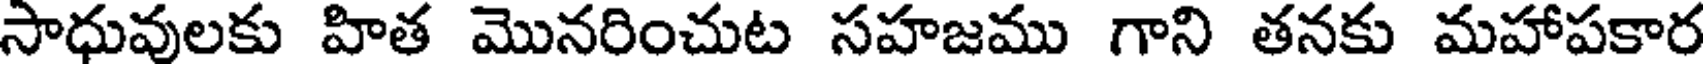
సాధువులకు హిత మొనరించుట సహజము గాని తనకు మహాపకార